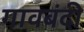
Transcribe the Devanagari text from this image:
गावबंदी